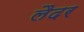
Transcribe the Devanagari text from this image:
लैदर